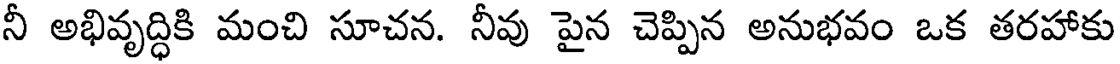
నీ అభివృద్ధికి మంచి సూచన. నీవు పైన చెప్పిన అనుభవం ఒక తరహాకు